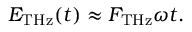
\begin{array} { r } { E _ { \mathrm { T H z } } ( t ) \approx F _ { \mathrm { T H z } } \omega t . } \end{array}